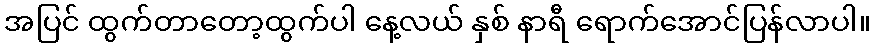
အပြင် ထွက်တာတော့ထွက်ပါ နေ့လယ် နှစ် နာရီ ရောက်အောင်ပြန်လာပါ။